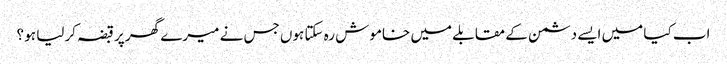
اب کیا میں ایسے دشمن کے مقابلے میں خاموش رہ سکتا ہوں جس نے میرے گھر پر قبضہ کرلیا ہو ؟